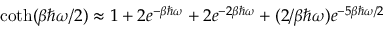
\coth ( \beta \hbar \omega / 2 ) \approx 1 + 2 e ^ { - \beta \hbar \omega } + 2 e ^ { - 2 \beta \hbar \omega } + ( 2 / \beta \hbar \omega ) e ^ { - 5 \beta \hbar \omega / 2 }